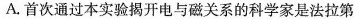
A.首次通过本实验揭开电与磁关系的科学家是法拉第